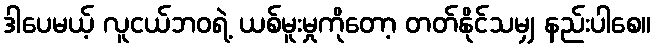
ဒါပေမယ့် လူငယ်ဘဝရဲ့ ယစ်မူးမှုကိုတော့ တတ်နိုင်သမျှ နည်းပါစေ။